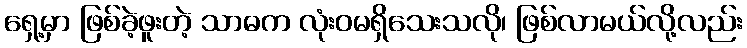
ရှေ့မှာ ဖြစ်ခဲ့ဖူးတဲ့ သာဓက လုံးဝမရှိသေးသလို၊ ဖြစ်လာမယ်လို့လည်း